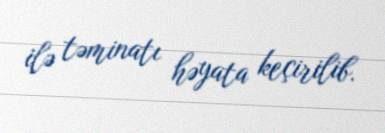
ilə təminatı həyata keçirilib.